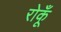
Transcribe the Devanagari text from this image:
रोकूँ